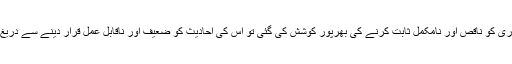
صحیح بخاری کو ناقص اور نامکمل ثابت کرنے کی بھرپور کوشش کی گئی تو اس کی احادیث کو ضعیف اور ناقابل عمل قرار دینے سے دریغ نہ کیا گیا۔